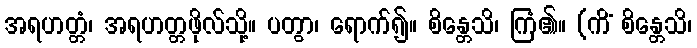
အရဟတ္တံ၊ အရဟတ္တဖိုလ်သို့။ ပတွာ၊ ရောက်၍။ စိန္တေသိ၊ ကြံ၏။ (ကိံ စိန္တေသိ၊